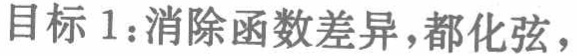
目标 1：消除函数差异，都化弦，